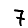
Digit: 7